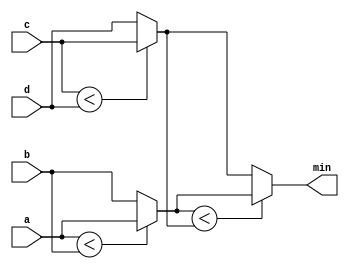
module top_module (
    input [7:0] a, b, c, d,
    output [7:0] min);//

    wire [7:0] less1, less2;
    assign less1 = (a < b)? a: b;
    assign less2 = (c < d)? c: d;
    assign min = (less1 < less2)? less1 : less2;
    

endmodule